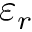
\varepsilon _ { r }